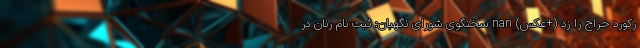
رکورد حراج را زد (+عکس) nan سخنگوی شورای نگهبان: ثبت نام زنان در